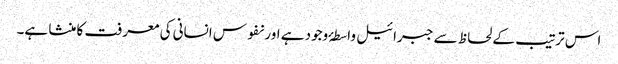
اس ترتیب کے لحاظ سے جبرائیل واسطۂ وجود ہے اور نفوس انسانی کی معرفت کا منشا ہے۔